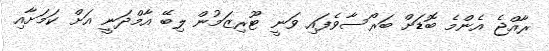
ރާއްޖެ އެންމެ ބޮޑަށް ބަރޯސާވެފައި ވަނީ ޓޫރިޒަމުން ލިބޭ އާމްދަނީ އަށް ކަމަށާއި